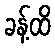
ခန့်ထိ